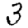
Digit: 3